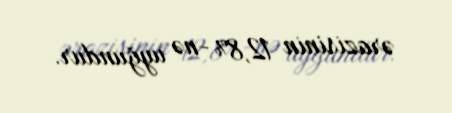
ərazisinin 12,8% -nə uyğundur.